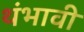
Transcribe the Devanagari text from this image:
थंभावी